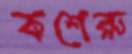
কশেরু